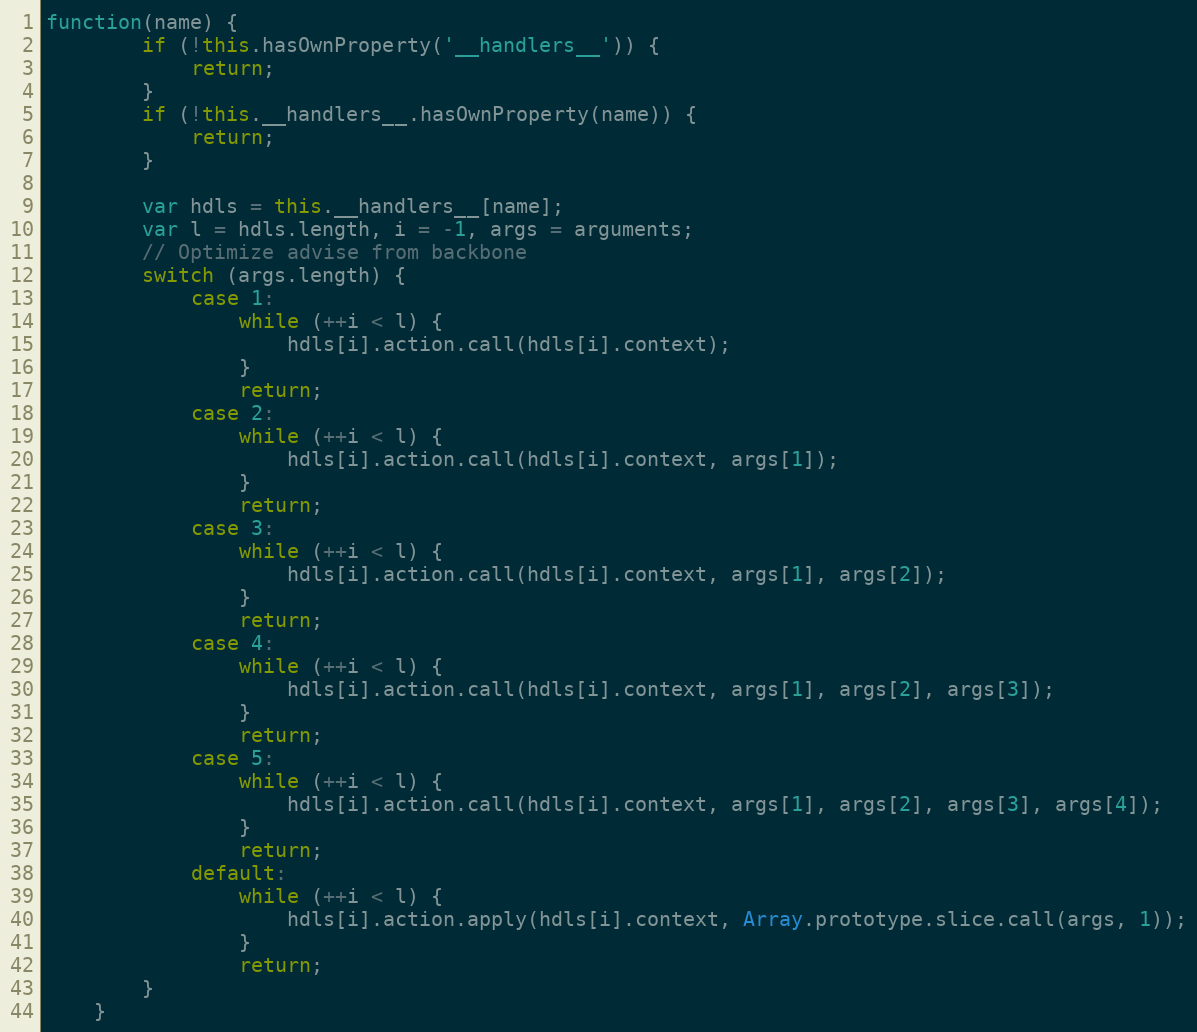
Language: JavaScript
function(name) {
        if (!this.hasOwnProperty('__handlers__')) {
            return;
        }
        if (!this.__handlers__.hasOwnProperty(name)) {
            return;
        }

        var hdls = this.__handlers__[name];
        var l = hdls.length, i = -1, args = arguments;
        // Optimize advise from backbone
        switch (args.length) {
            case 1:
                while (++i < l) {
                    hdls[i].action.call(hdls[i].context);
                }
                return;
            case 2:
                while (++i < l) {
                    hdls[i].action.call(hdls[i].context, args[1]);
                }
                return;
            case 3:
                while (++i < l) {
                    hdls[i].action.call(hdls[i].context, args[1], args[2]);
                }
                return;
            case 4:
                while (++i < l) {
                    hdls[i].action.call(hdls[i].context, args[1], args[2], args[3]);
                }
                return;
            case 5:
                while (++i < l) {
                    hdls[i].action.call(hdls[i].context, args[1], args[2], args[3], args[4]);
                }
                return;
            default:
                while (++i < l) {
                    hdls[i].action.apply(hdls[i].context, Array.prototype.slice.call(args, 1));
                }
                return;
        }
    }